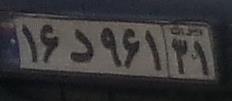
۱۶د۹۶۱۳۱